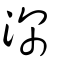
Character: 深